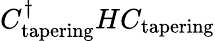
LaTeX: C_{\mathrm{tapering}}^{\dagger}HC_{\mathrm{tapering}}